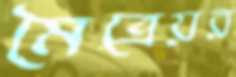
মৈত্রেয়র